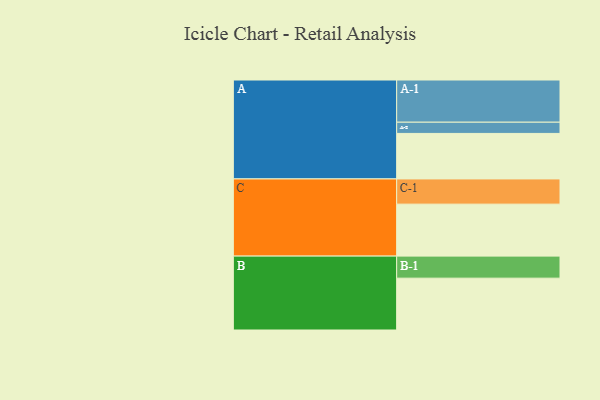
{"axis": {"x": "Segment", "y": "Value"}, "legend": ["", "A", "B", "C"], "data": [{"x": "A", "y": 316, "type": ""}, {"x": "B", "y": 360, "type": ""}, {"x": "C", "y": 361, "type": ""}, {"x": "A-1", "y": 293, "type": "A"}, {"x": "A-2", "y": 78, "type": "A"}, {"x": "B-1", "y": 153, "type": "B"}, {"x": "C-1", "y": 175, "type": "C"}]}